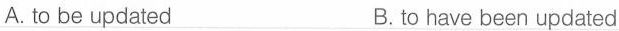
A. to be updated B. to have been updated